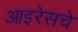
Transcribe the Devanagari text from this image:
आइरेसचे